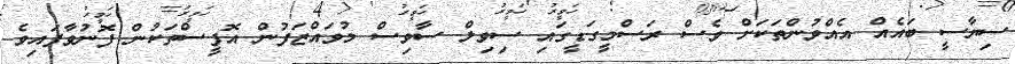
ސިޔާސީ ބައެއް އެއްވުންތަކަށް ވެސް ރަސްމީގަޑީގައި ސިވިލް ސާވިސް މުވައްޒަފުން އޮފީސްތަކުން ފޮނުވާފައިވެ